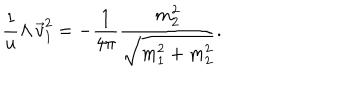
\frac { 1 } { u } \Lambda \, \vec { v } _ { 1 } ^ { 2 } = - \frac { 1 } { 4 \pi } \frac { m _ { 2 } ^ { 2 } } { \sqrt { m _ { 1 } ^ { 2 } + m _ { 2 } ^ { 2 } } } .